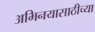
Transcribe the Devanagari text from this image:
अभिनयासाठीच्या